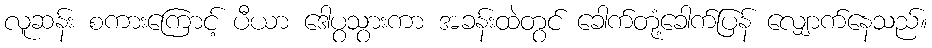
လူဆန်း စကားကြောင့် ပီယာ ဒေါပွသွားကာ အခန်းထဲတွင် ခေါက်တုံ့ခေါက်ပြန် လျှောက်နေသည်။